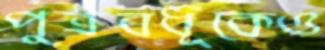
পুত্রবধূকেও